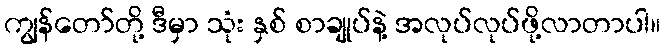
ကျွန်တော်တို့ ဒီမှာ သုံး နှစ် စာချုပ်နဲ့ အလုပ်လုပ်ဖို့လာတာပါ။